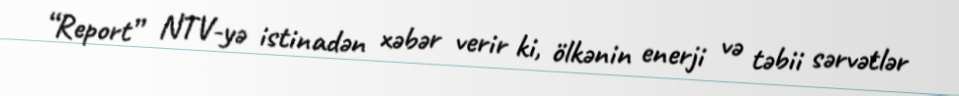
“Report” NTV-yə istinadən xəbər verir ki, ölkənin enerji və təbii sərvətlər